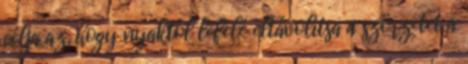
célja az, hogy nyaktól lefelé eltávolítsa a szörzetet a